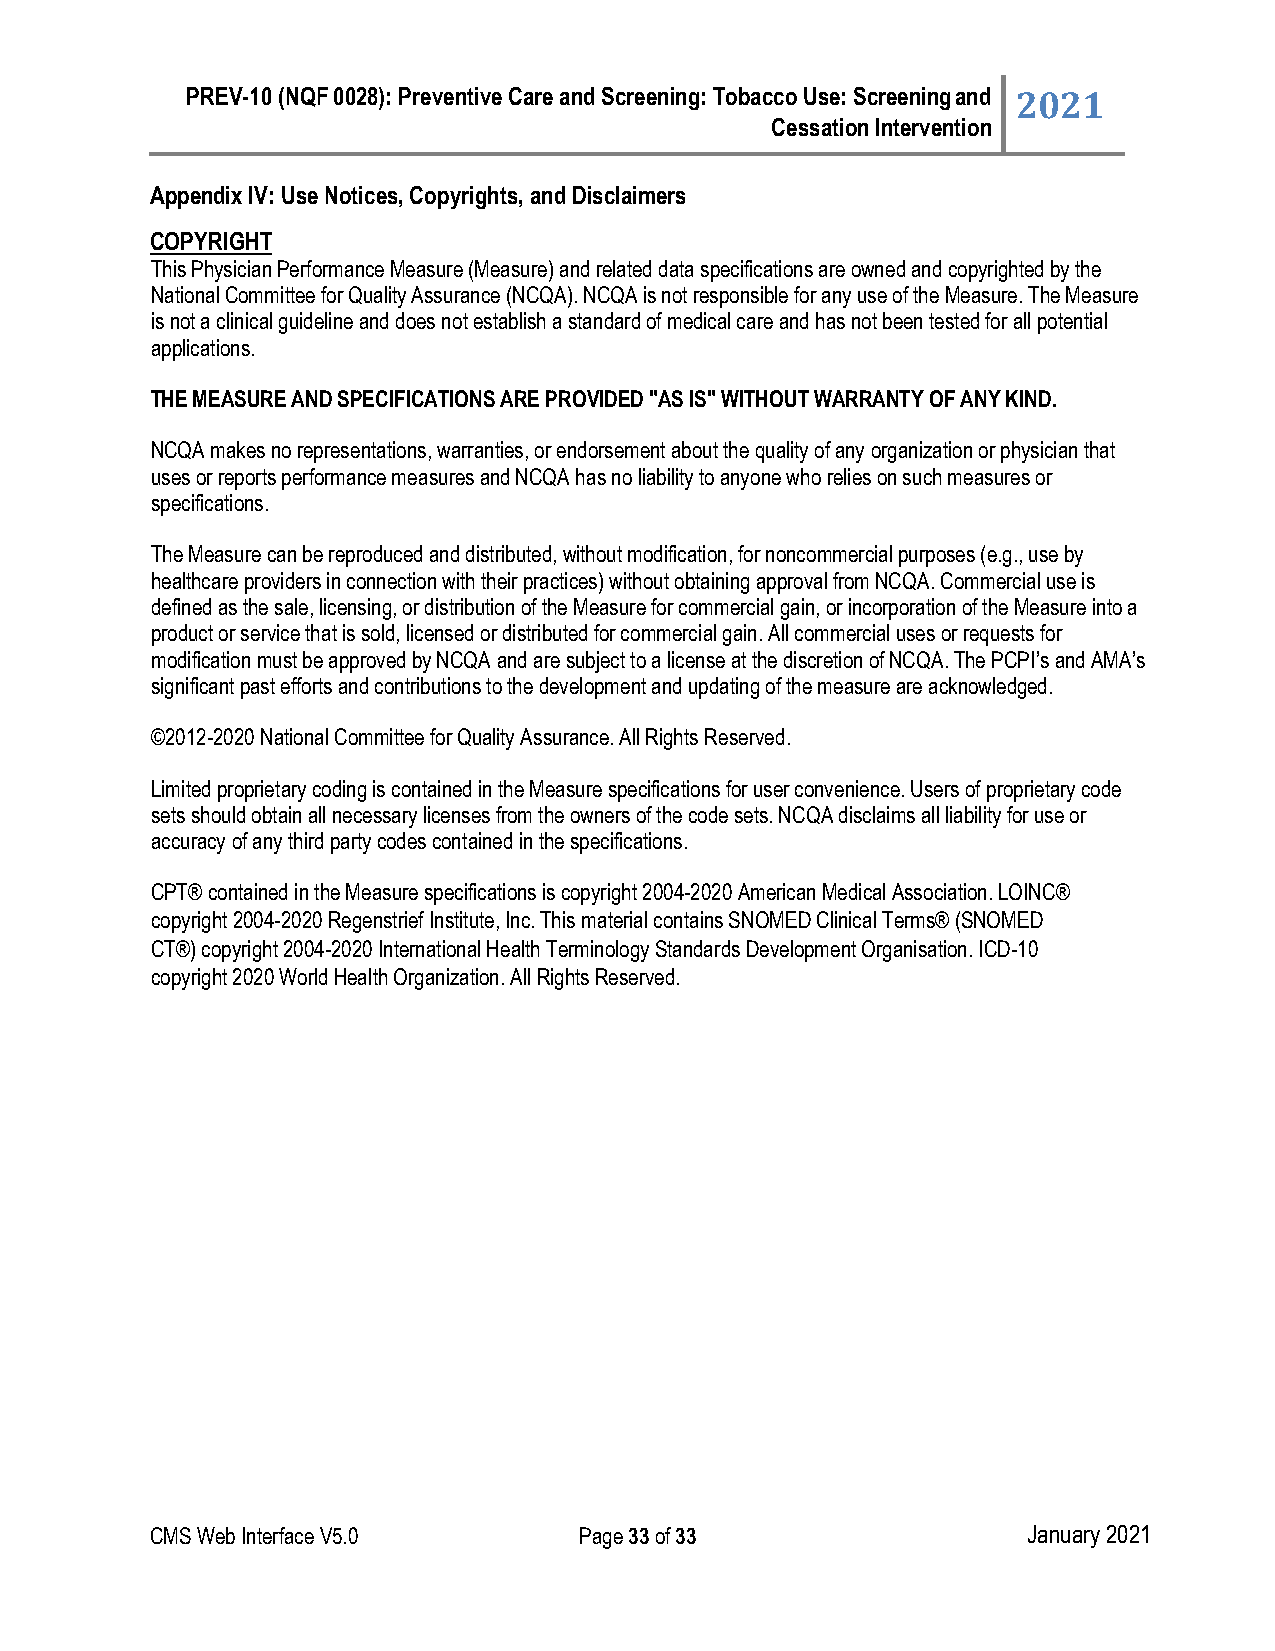
PREV-10 (NQF 0028): Preventive Care and Screening: Tobacco Use: Screening and 2021
 Cessation Intervention
 Appendix IV: Use Notices, Copyrights, and Disclaimers
 COPYRIGHT
 This Physician Performance Measure (Measure) and related data specifications are owned and copyrighted by the
 National Committee for Quality Assurance (NCQA). NCQA is not responsible for any use of the Measure. The Measure
 is not a clinical guideline and does not establish a standard of medical care and has not been tested for all potential
 applications.
 THE MEASURE AND SPECIFICATIONS ARE PROVIDED "AS IS" WITHOUT WARRANTY OF ANY KIND.
 NCQA makes no representations, warranties, or endorsement about the quality of any organization or physician that
 uses or reports performance measures and NCQA has no liability to anyone who relies on such measures or
 specifications.
 The Measure can be reproduced and distributed, without modification, for noncommercial purposes (e.g., use by
 healthcare providers in connection with their practices) without obtaining approval from NCQA. Commercial use is
 defined as the sale, licensing, or distribution of the Measure for commercial gain, or incorporation of the Measure into a
 product or service that is sold, licensed or distributed for commercial gain. All commercial uses or requests for
 modification must be approved by NCQA and are subject to a license at the discretion of NCQA. The PCPI’s and AMA’s
 significant past efforts and contributions to the development and updating of the measure are acknowledged.
 ©2012-2020 National Committee for Quality Assurance. All Rights Reserved.
 Limited proprietary coding is contained in the Measure specifications for user convenience. Users of proprietary code
 sets should obtain all necessary licenses from the owners of the code sets. NCQA disclaims all liability for use or
 accuracy of any third party codes contained in the specifications.
 CPT® contained in the Measure specifications is copyright 2004-2020 American Medical Association. LOINC®
 copyright 2004-2020 Regenstrief Institute, Inc. This material contains SNOMED Clinical Terms® (SNOMED
 CT®) copyright 2004-2020 International Health Terminology Standards Development Organisation. ICD-10
 copyright 2020 World Health Organization. All Rights Reserved.
 CMS Web Interface V5.0      Page 33 of 33                 January 2021